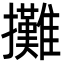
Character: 攤